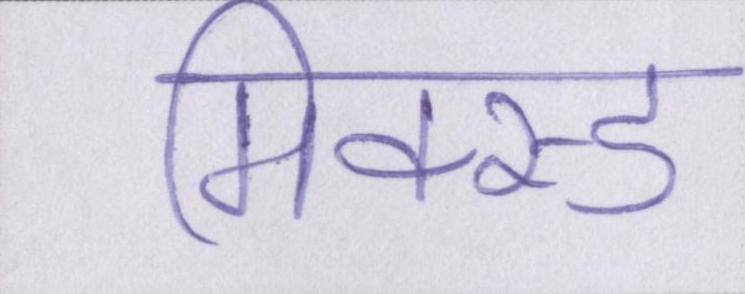
मिक्स्ड